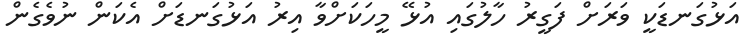
އަޅުގަނޑަކީ ވަރަށް ފަގީރު ހާލުގައި އުޅޭ މީހަކަށްވާ އިރު އަޅުގަނޑަށް އެކަން ނުވެގެން